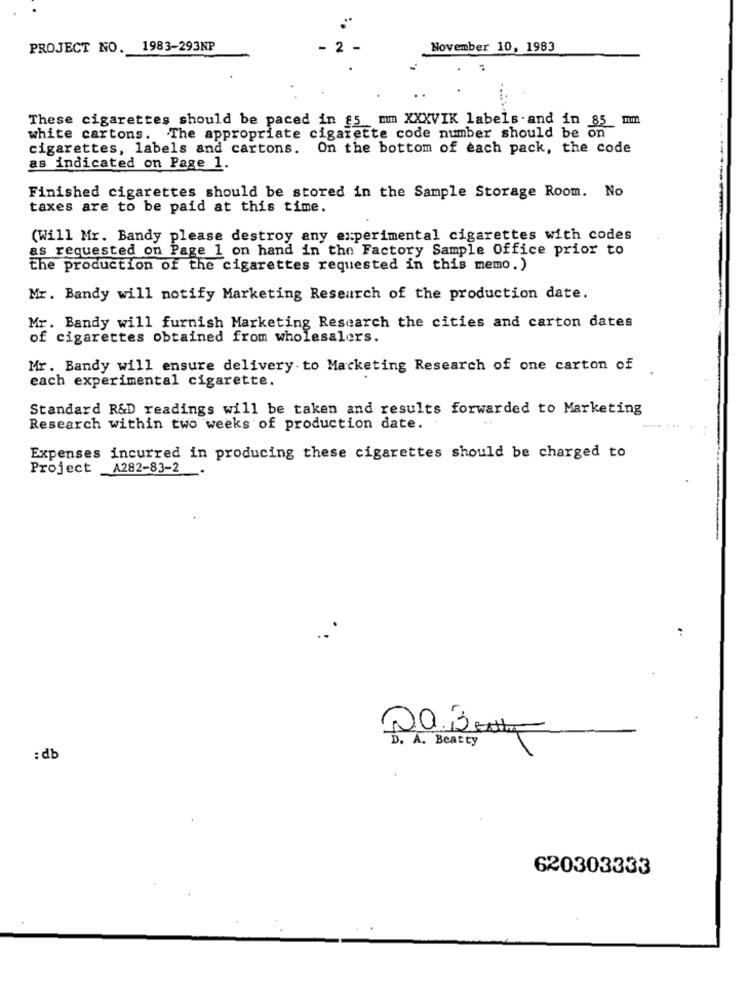
PROJECT NO. 1983-293NP
- 2
November 10, 1983
These cigarettes should be paced in £5 mm XXXVIK labels- and in 85
mmm
white cartons. The appropriate cigarette code number should be on
cigarettes, labels and cartons. On the bottom of each pack, the code
as indicated on Page 1.
Finished cigarettes should be stored in the Sample Storage Room. No
taxes are to be paid at this time.
(Will Mr. Bandy please destroy any experimental cigarettes with codes
as requested on Page 1 on hand in the Factory Sample Office prior to
the production of the cigarettes requested in this memo.)
Mr. Bandy will notify Marketing Research of the production date.
Mr. Bandy will furnish Marketing Research the cities and carton dates
of cigarettes obtained from wholesalers.
Mr. Bandy will ensure delivery to Marketing Research of one carton of
each experimental cigarette.
Standard R&D readings will be taken and results forwarded to Marketing
Research within two weeks of production date.
Expenses incurred in producing these cigarettes should be charged to
Project A282-83-2
D . A . Beatty
:db
620303333